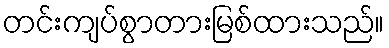
တင်းကျပ်စွာတားမြစ်ထားသည်။